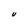
Character: U